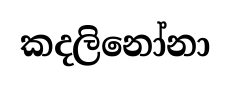
කදලිනෝනා